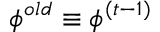
\phi ^ { o l d } \equiv \phi ^ { ( t - 1 ) }